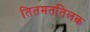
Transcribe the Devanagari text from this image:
तितमततिलक